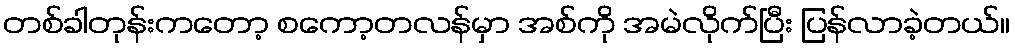
တစ်ခါတုန်းကတော့ စကော့တလန်မှာ အစ်ကို အမဲလိုက်ပြီး ပြန်လာခဲ့တယ်။